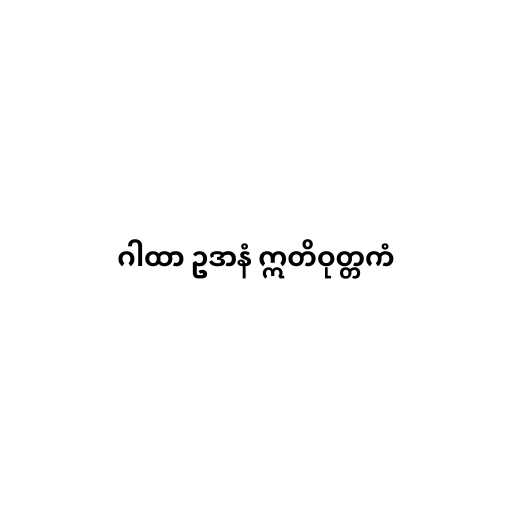
ဂါထာ ဥဒာနံ ဣတိဝုတ္တကံ